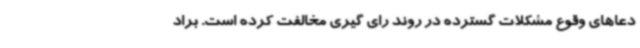
دعاهای وقوع مشکلات گسترده در روند رای گیری مخالفت کرده است. براد